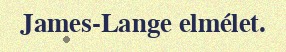
James-Lange elmélet.